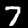
Label: 7